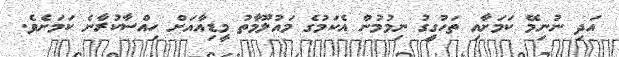
އަދި ނުނިމޭ ކަމަށާއި ތަހުގީގު ނިމުމުން އެކަމުގެ މައުލޫމާތު މީޑިއާއަށް ހިއްސާކުރާނެ ކަމަށެވެ.